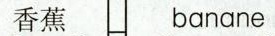
香蕉 banane